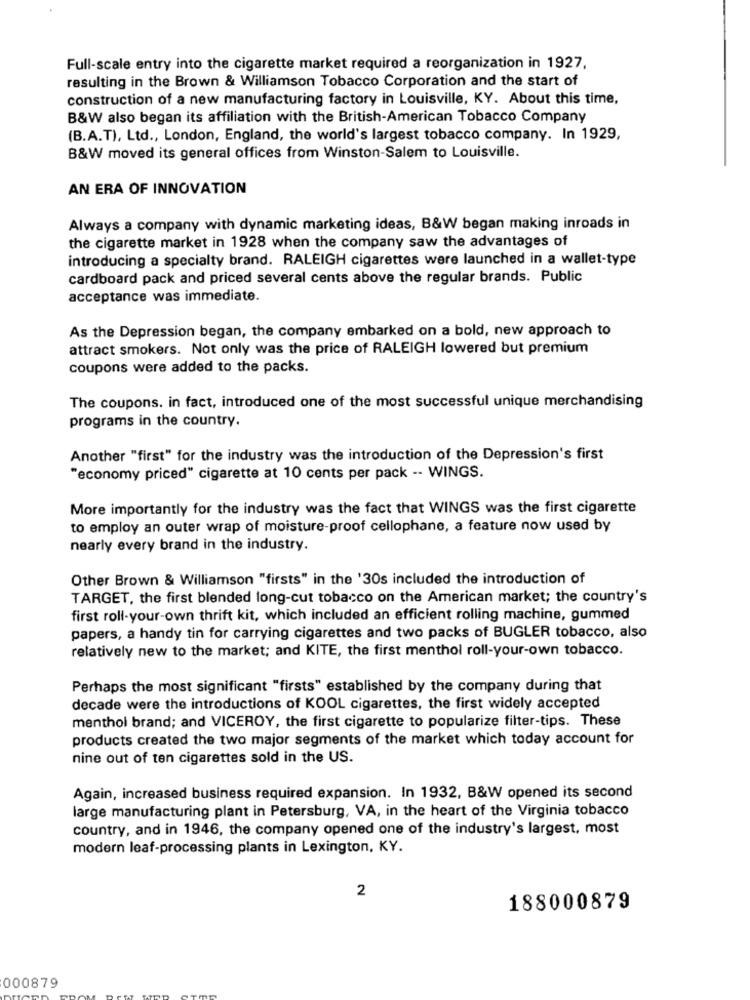
Full-scale entry into the cigarette market required a reorganization in 1927,
resulting in the Brown & Williamson Tobacco Corporation and the start of
construction of a new manufacturing factory in Louisville, KY. About this time,
B&W also began its affiliation with the British-American Tobacco Company
(B.A.T), Ltd ., London, England, the world's largest tobacco company. In 1929,
B&W moved its general offices from Winston-Salem to Louisville.
AN ERA OF INNOVATION
Always a company with dynamic marketing ideas, B&W began making inroads in
the cigarette market in 1928 when the company saw the advantages of
introducing a specialty brand. RALEIGH cigarettes were launched in a wallet-type
cardboard pack and priced several cents above the regular brands. Public
acceptance was immediate.
As the Depression began, the company embarked on a bold, new approach to
attract smokers. Not only was the price of RALEIGH lowered but premium
coupons were added to the packs.
The coupons. in fact, introduced one of the most successful unique merchandising
programs in the country.
Another "first" for the industry was the introduction of the Depression's first
"economy priced" cigarette at 10 cents per pack -- WINGS.
More importantly for the industry was the fact that WINGS was the first cigarette
to employ an outer wrap of moisture-proof cellophane, a feature now used by
nearly every brand in the industry.
Other Brown & Williamson "firsts" in the '30s included the introduction of
TARGET, the first blended long-cut tobacco on the American market; the country's
first roll-your-own thrift kit, which included an efficient rolling machine, gummed
papers, a handy tin for carrying cigarettes and two packs of BUGLER tobacco, also
relatively new to the market; and KITE, the first menthol roll-your-own tobacco.
Perhaps the most significant "firsts" established by the company during that
decade were the introductions of KOOL cigarettes, the first widely accepted
menthol brand; and VICEROY, the first cigarette to popularize filter-tips. These
products created the two major segments of the market which today account for
nine out of ten cigarettes sold in the US.
Again, increased business required expansion. In 1932, B&W opened its second
large manufacturing plant in Petersburg, VA, in the heart of the Virginia tobacco
country, and in 1946, the company opened one of the industry's largest, most
modern leaf-processing plants in Lexington, KY.
2
188000879
000879